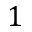
1